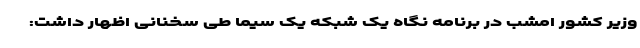
وزیر کشور امشب در برنامه نگاه یک شبکه یک سیما طی سخنانی اظهار داشت: